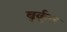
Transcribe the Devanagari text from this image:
बुर्कूल